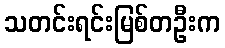
သတင်းရင်းမြစ်တဦးက